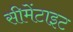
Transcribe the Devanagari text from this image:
सीमेंटाइट